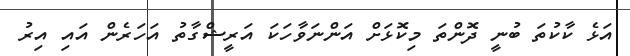
އަޅެ ކާކުތަ ބުނީ ދޮންތަ މިކޮޅަށް އަންނަވާހަކަ އަރީޝްގާތު އަހަރެން އައި އިރު